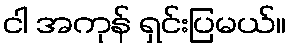
ငါ အကုန် ရှင်းပြမယ်။